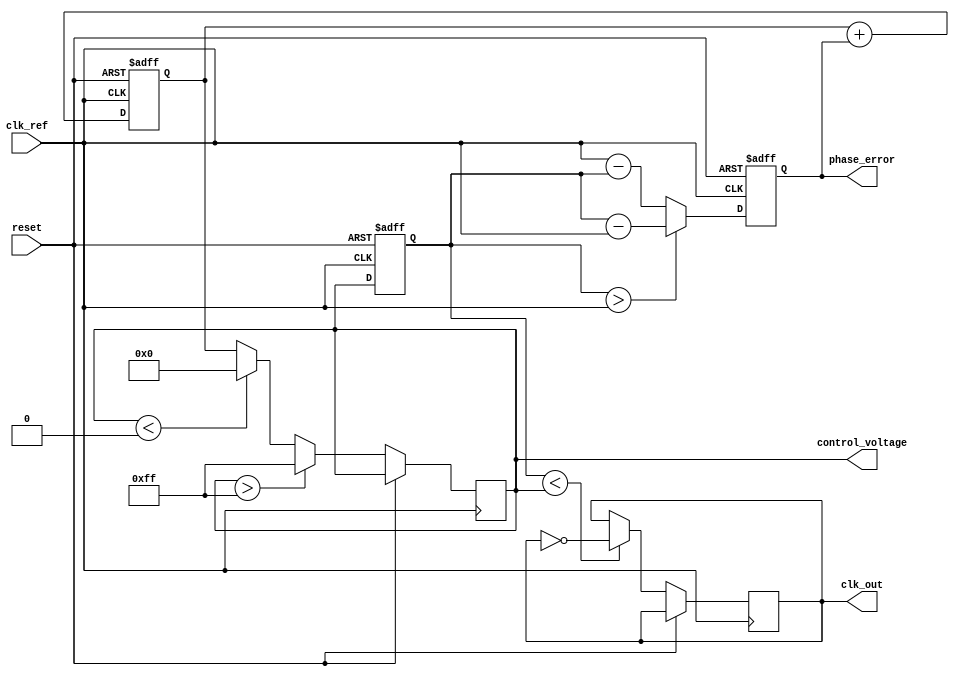
module type1_PLL (
    input wire clk_ref,          // Reference clock input
    input wire reset,            // Asynchronous reset
    output reg clk_out,          // Output clock
    output reg [7:0] phase_error, // Phase error signal for monitoring
    output reg [7:0] control_voltage // Control voltage for VCO
);

// Parameters
parameter VCO_MAX_FREQ = 8'd255; // Maximum frequency for VCO
parameter VCO_MIN_FREQ = 8'd0;    // Minimum frequency for VCO

// Internal signals
reg [7:0] vco_output;            // VCO output
reg [7:0] phase_detector_output;  // Output from phase detector
reg [7:0] loop_filter_output;     // Output from loop filter

// Phase Detector
always @(posedge clk_ref or posedge reset) begin
    if (reset) begin
        phase_error <= 8'd0;
    end else begin
        // Simple phase detector logic: compare reference clock with VCO output
        if (vco_output > clk_ref) begin
            phase_error <= vco_output - clk_ref; // VCO is leading
        end else begin
            phase_error <= clk_ref - vco_output; // VCO is lagging
        end
    end
end

// Loop Filter (Simple Integrator)
always @(posedge clk_ref or posedge reset) begin
    if (reset) begin
        loop_filter_output <= 8'd0;
    end else begin
        // Simple loop filter: Integrate phase error
        loop_filter_output <= loop_filter_output + phase_error;
    end
end

// Voltage-Controlled Oscillator (VCO)
always @(posedge clk_ref or posedge reset) begin
    if (reset) begin
        vco_output <= 8'd128; // Start at mid-range frequency
    end else begin
        // Control voltage determines VCO frequency
        control_voltage <= loop_filter_output;
        if (control_voltage > VCO_MAX_FREQ) begin
            control_voltage <= VCO_MAX_FREQ; // Clamp to max frequency
        end else if (control_voltage < VCO_MIN_FREQ) begin
            control_voltage <= VCO_MIN_FREQ; // Clamp to min frequency
        end
        
        // Generate output clock based on control voltage
        clk_out <= (vco_output < control_voltage) ? ~clk_out : clk_out;
        vco_output <= control_voltage; // Update VCO output
    end
end

endmodule